Vaccination in Bombay 1863-1868 - 1863-1868
Year: 1863
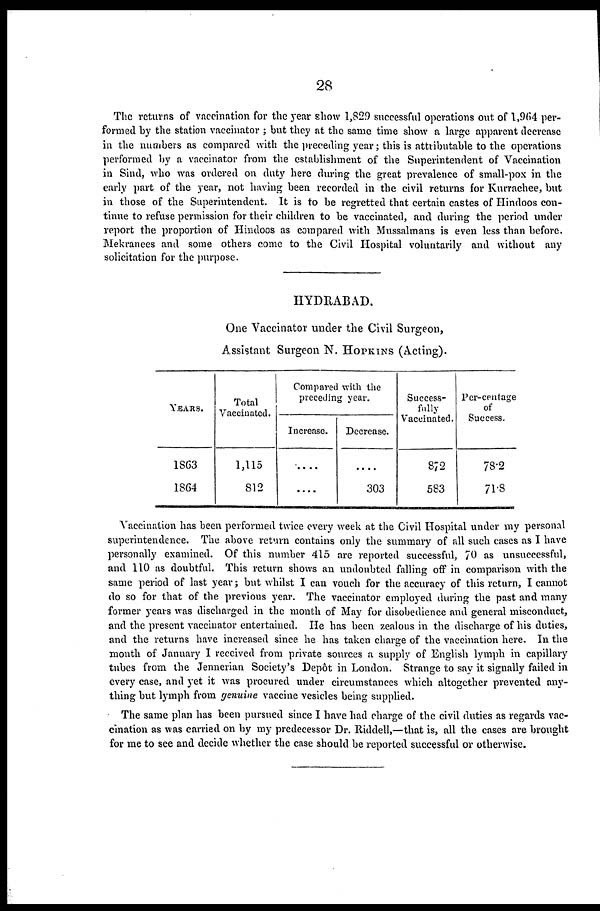
28
The returns of vaccination for the year show 1,829 successful operations out of 1,964 per-
formed by the station vaccinator ; but they at the same time show a large apparent decrease
in the numbers as compared with the preceding year; this is attributable to the operations
performed by a vaccinator from the establishment of the Superintendent of "Vaccination
in Sind, who was ordered on duty here during the great prevalence of small-pox in the
early part of the year, not having been recorded in the civil returns for Kurrachee, but
in those of the Superintendent. It is to be regretted that certain castes of Hindoos con-
tinue to refuse permission for their children to be vaccinated, and during the period under
report the proportion of Hindoos as compared with Mussalmans is even less than before.
Mekranees and some others come to the Civil Hospital voluntarily and without any
solicitation for the purpose.
HYDRABAD.
One Vaccinator under the Civil Surgeon,
Assistant Surgeon N. HOPKINS (Acting).
YEARS.
1863
1864
Total
Vaccinated.
1,115
812
Compared with the
preceding year.
Increase.
....
....
Decrease.
....
303
Success-
fully
Vaccinated.
872
583
Per-centage
of
Success.
78.2
71.8
Vaccination has been performed twice every week at the Civil Hospital under my personal
superintendence. The above return contains only the summary of all such cases as I have
personally examined. Of this number 415 are reported successful, 70 as unsuccessful,
and 110 as doubtful. This return shows an undoubted falling off in comparison with the
same period of last year; but whilst I can vouch for the accuracy of this return, I cannot
do so for that of the previous year. The vaccinator employed during the past and many
former years was discharged in the month of May for disobedience and general misconduct,
and the present vaccinator entertained. He has been zealous in the discharge of his duties,
and the returns have increased since he has taken charge of the vaccination here. In the
month of January I received from private sources a supply of English lymph in capillary
tubes from the Jennerian Society's Depôt in London. Strange to say it signally failed in
every case, and yet it was procured under circumstances which altogether prevented any-
thing but lymph from genuine vaccine vesicles being supplied.
The same plan has been pursued since I have had charge of the civil duties as regards vac-
cination as was carried on by my predecessor Dr. Riddell,—that is, all the cases are brought
for me to see and decide whether the case should be reported successful or otherwise.